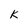
Character: k